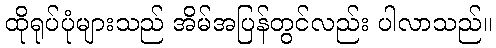
ထိုရုပ်ပုံများသည် အိမ်အပြန်တွင်လည်း ပါလာသည်။